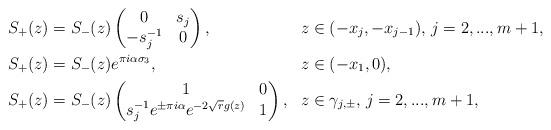
LaTeX: \begin{align*}& S_{+}(z) = S_{-}(z)\begin{pmatrix}0 & s_{j} \\ -s_{j}^{-1} & 0\end{pmatrix}, & & z \in (-x_{j},-x_{j-1}), \, j = 2,...,m+1, \\& S_{+}(z) = S_{-}(z)e^{\pi i \alpha \sigma_{3}}, & & z \in (-x_{1},0),\\& S_{+}(z) = S_{-}(z)\begin{pmatrix}1 & 0 \\s_{j}^{-1}e^{\pm \pi i \alpha}e^{-2\sqrt{r}g(z)} & 1\end{pmatrix}, & & z \in \gamma_{j,\pm}, \, j = 2,...,m+1,\end{align*}